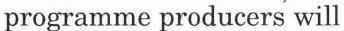
programme producers will